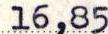
16,85